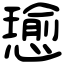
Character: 𢢭